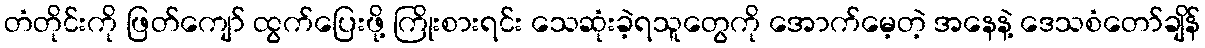
တံတိုင်းကို ဖြတ်ကျော် ထွက်ပြေးဖို့ ကြိုးစားရင်း သေဆုံးခဲ့ရသူတွေကို အောက်မေ့တဲ့ အနေနဲ့ ဒေသစံတော်ချိန်